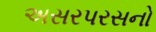
અસરપરસનો